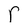
Character: r